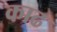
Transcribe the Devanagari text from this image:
काढ